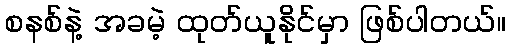
စနစ်နဲ့ အခမဲ့ ထုတ်ယူနိုင်မှာ ဖြစ်ပါတယ်။